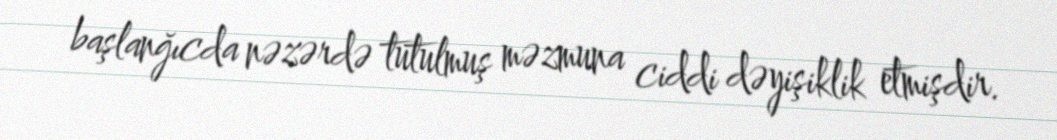
başlanğıcda nəzərdə tutulmuş məzmuna ciddi dəyişiklik etmişdir.